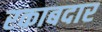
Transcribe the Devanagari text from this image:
रकाबदार